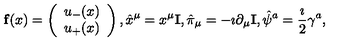
{ \bf f } ( x ) = \left( \begin{array} { c } { u _ { - } ( x ) } \\ { u _ { + } ( x ) } \\ \end{array} \right) , \hat { x } ^ { \mu } = x ^ { \mu } { \bf I } , \hat { \pi } _ { \mu } = - \imath \partial _ { \mu } { \bf I } , \hat { \psi } ^ { a } = \frac { \imath } { 2 } \gamma ^ { a } ,